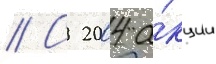
// С 2004 а́кции